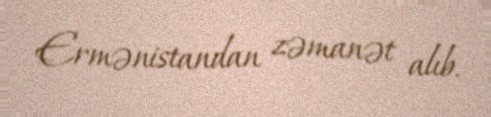
Ermənistandan zəmanət alıb.